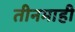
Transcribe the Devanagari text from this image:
तीनमाही